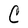
Character: C